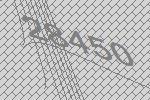
28450